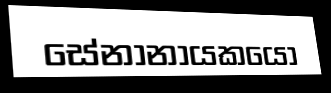
සේනානායකයෝ